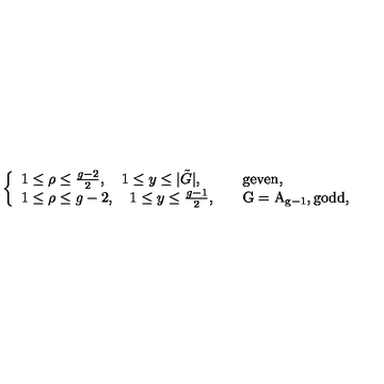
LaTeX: \left\{ \begin{array} { l l } { 1 \leq \rho \leq \frac { g - 2 } { 2 } , \quad 1 \leq y \leq | \tilde { G } | , } & { \quad \mathrm { g e v e n } , } \\ { 1 \leq \rho \leq g - 2 , \quad 1 \leq y \leq \frac { g - 1 } { 2 } , } & { \quad \mathrm { G = A _ { g - 1 } , g o d d , } } \\ \end{array} \right.